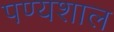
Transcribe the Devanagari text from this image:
पण्यशाल